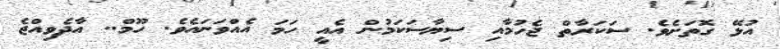
އުޅޭ ގޮތަށެވެ. ސަކަރާތް ޖެހުމާއި ސިޔާސަކަމުން އެއީ ހަމަ އެއްވަނައެވެ. ހޫމް.. އާދެވިއްޖެ